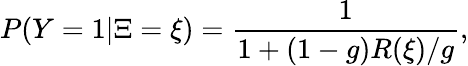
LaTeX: P(Y=1|\Xi=\xi)=\frac{1}{1+(1-g)R(\xi)/g},